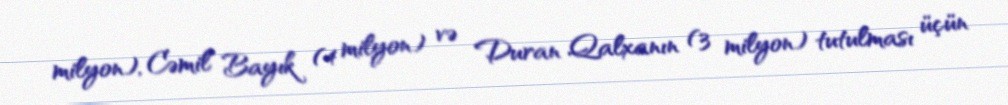
milyon), Cəmil Bayık (4 milyon) və Duran Qalxanın (3 milyon) tutulması üçün